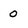
Character: 0